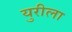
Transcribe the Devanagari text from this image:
युरीला